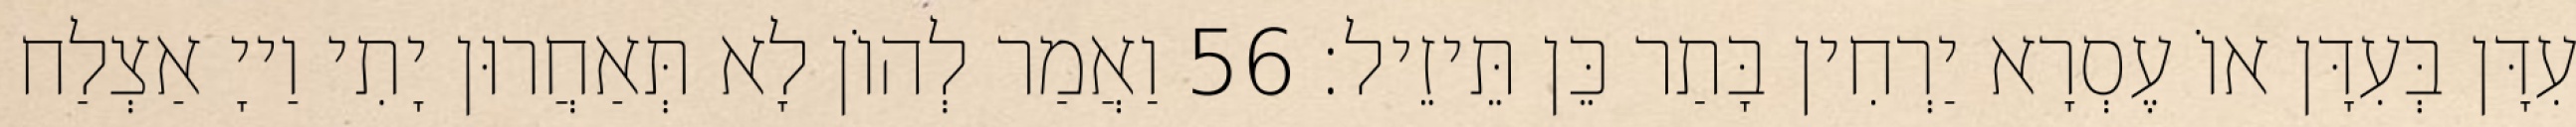
עִדָּן בְּעִדָּן אוֹ עֶסְרָא יַרְחִין בָּתַר כֵּן תֵּיזֵיל׃ 56 וַאֲמַר לְהוֹן לָא תְּאַחֲרוּן יָתִי וַייָ אַצְלַח